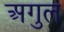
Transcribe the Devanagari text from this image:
अगुल